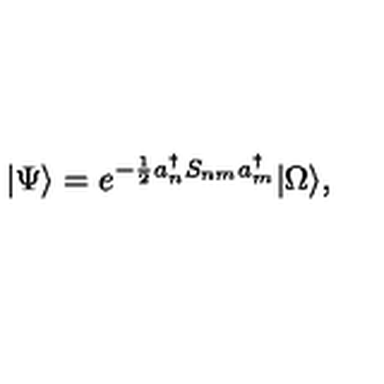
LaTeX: | \Psi \rangle = e ^ { - \frac { 1 } { 2 } a _ { n } ^ { \dagger } S _ { n m } a _ { m } ^ { \dagger } } | \Omega \rangle ,